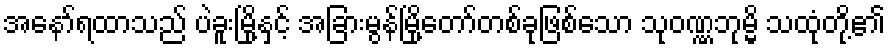
အနော်ရထာသည် ပဲခူးမြို့နှင့် အခြားမွန်မြို့တော်တစ်ခုဖြစ်သော သုဝဏ္ဏဘုမ္မိ သထုံတို့၏